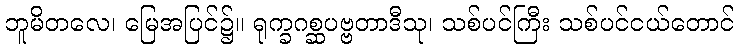
ဘူမိတလေ၊ မြေအပြင်၌။ ရုက္ခဂစ္ဆပဗ္ဗတာဒီသု၊ သစ်ပင်ကြီး သစ်ပင်ငယ်တောင်